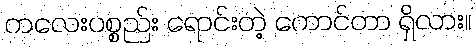
ကလေးပစ္စည်း ရောင်းတဲ့ ကောင်တာ ရှိလား။